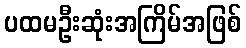
ပထမဦးဆုံးအကြိမ်အဖြစ်